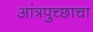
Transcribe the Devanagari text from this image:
आंत्रपुच्छाचा